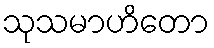
သုသမာဟိတော